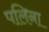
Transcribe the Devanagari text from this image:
पलिना